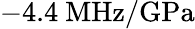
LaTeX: -4.4~\mathrm{MHz/GPa}